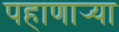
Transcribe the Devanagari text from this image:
पहाणार्‍या